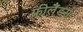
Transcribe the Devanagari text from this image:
फ्रीलैंडर्स